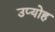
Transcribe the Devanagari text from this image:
उप्योह